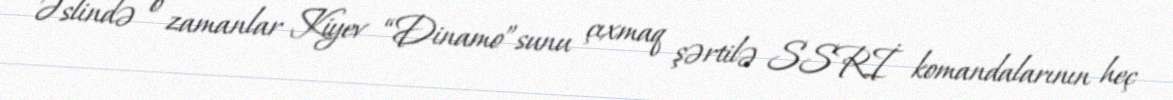
Əslində o zamanlar Kiyev “Dinamo”sunu çıxmaq şərtilə SSRİ komandalarının heç